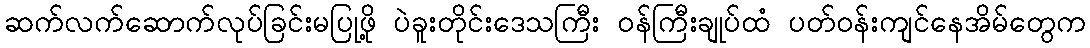
ဆက်လက်ဆောက်လုပ်ခြင်းမပြုဖို့ ပဲခူးတိုင်းဒေသကြီး ဝန်ကြီးချုပ်ထံ ပတ်ဝန်းကျင်နေအိမ်တွေက